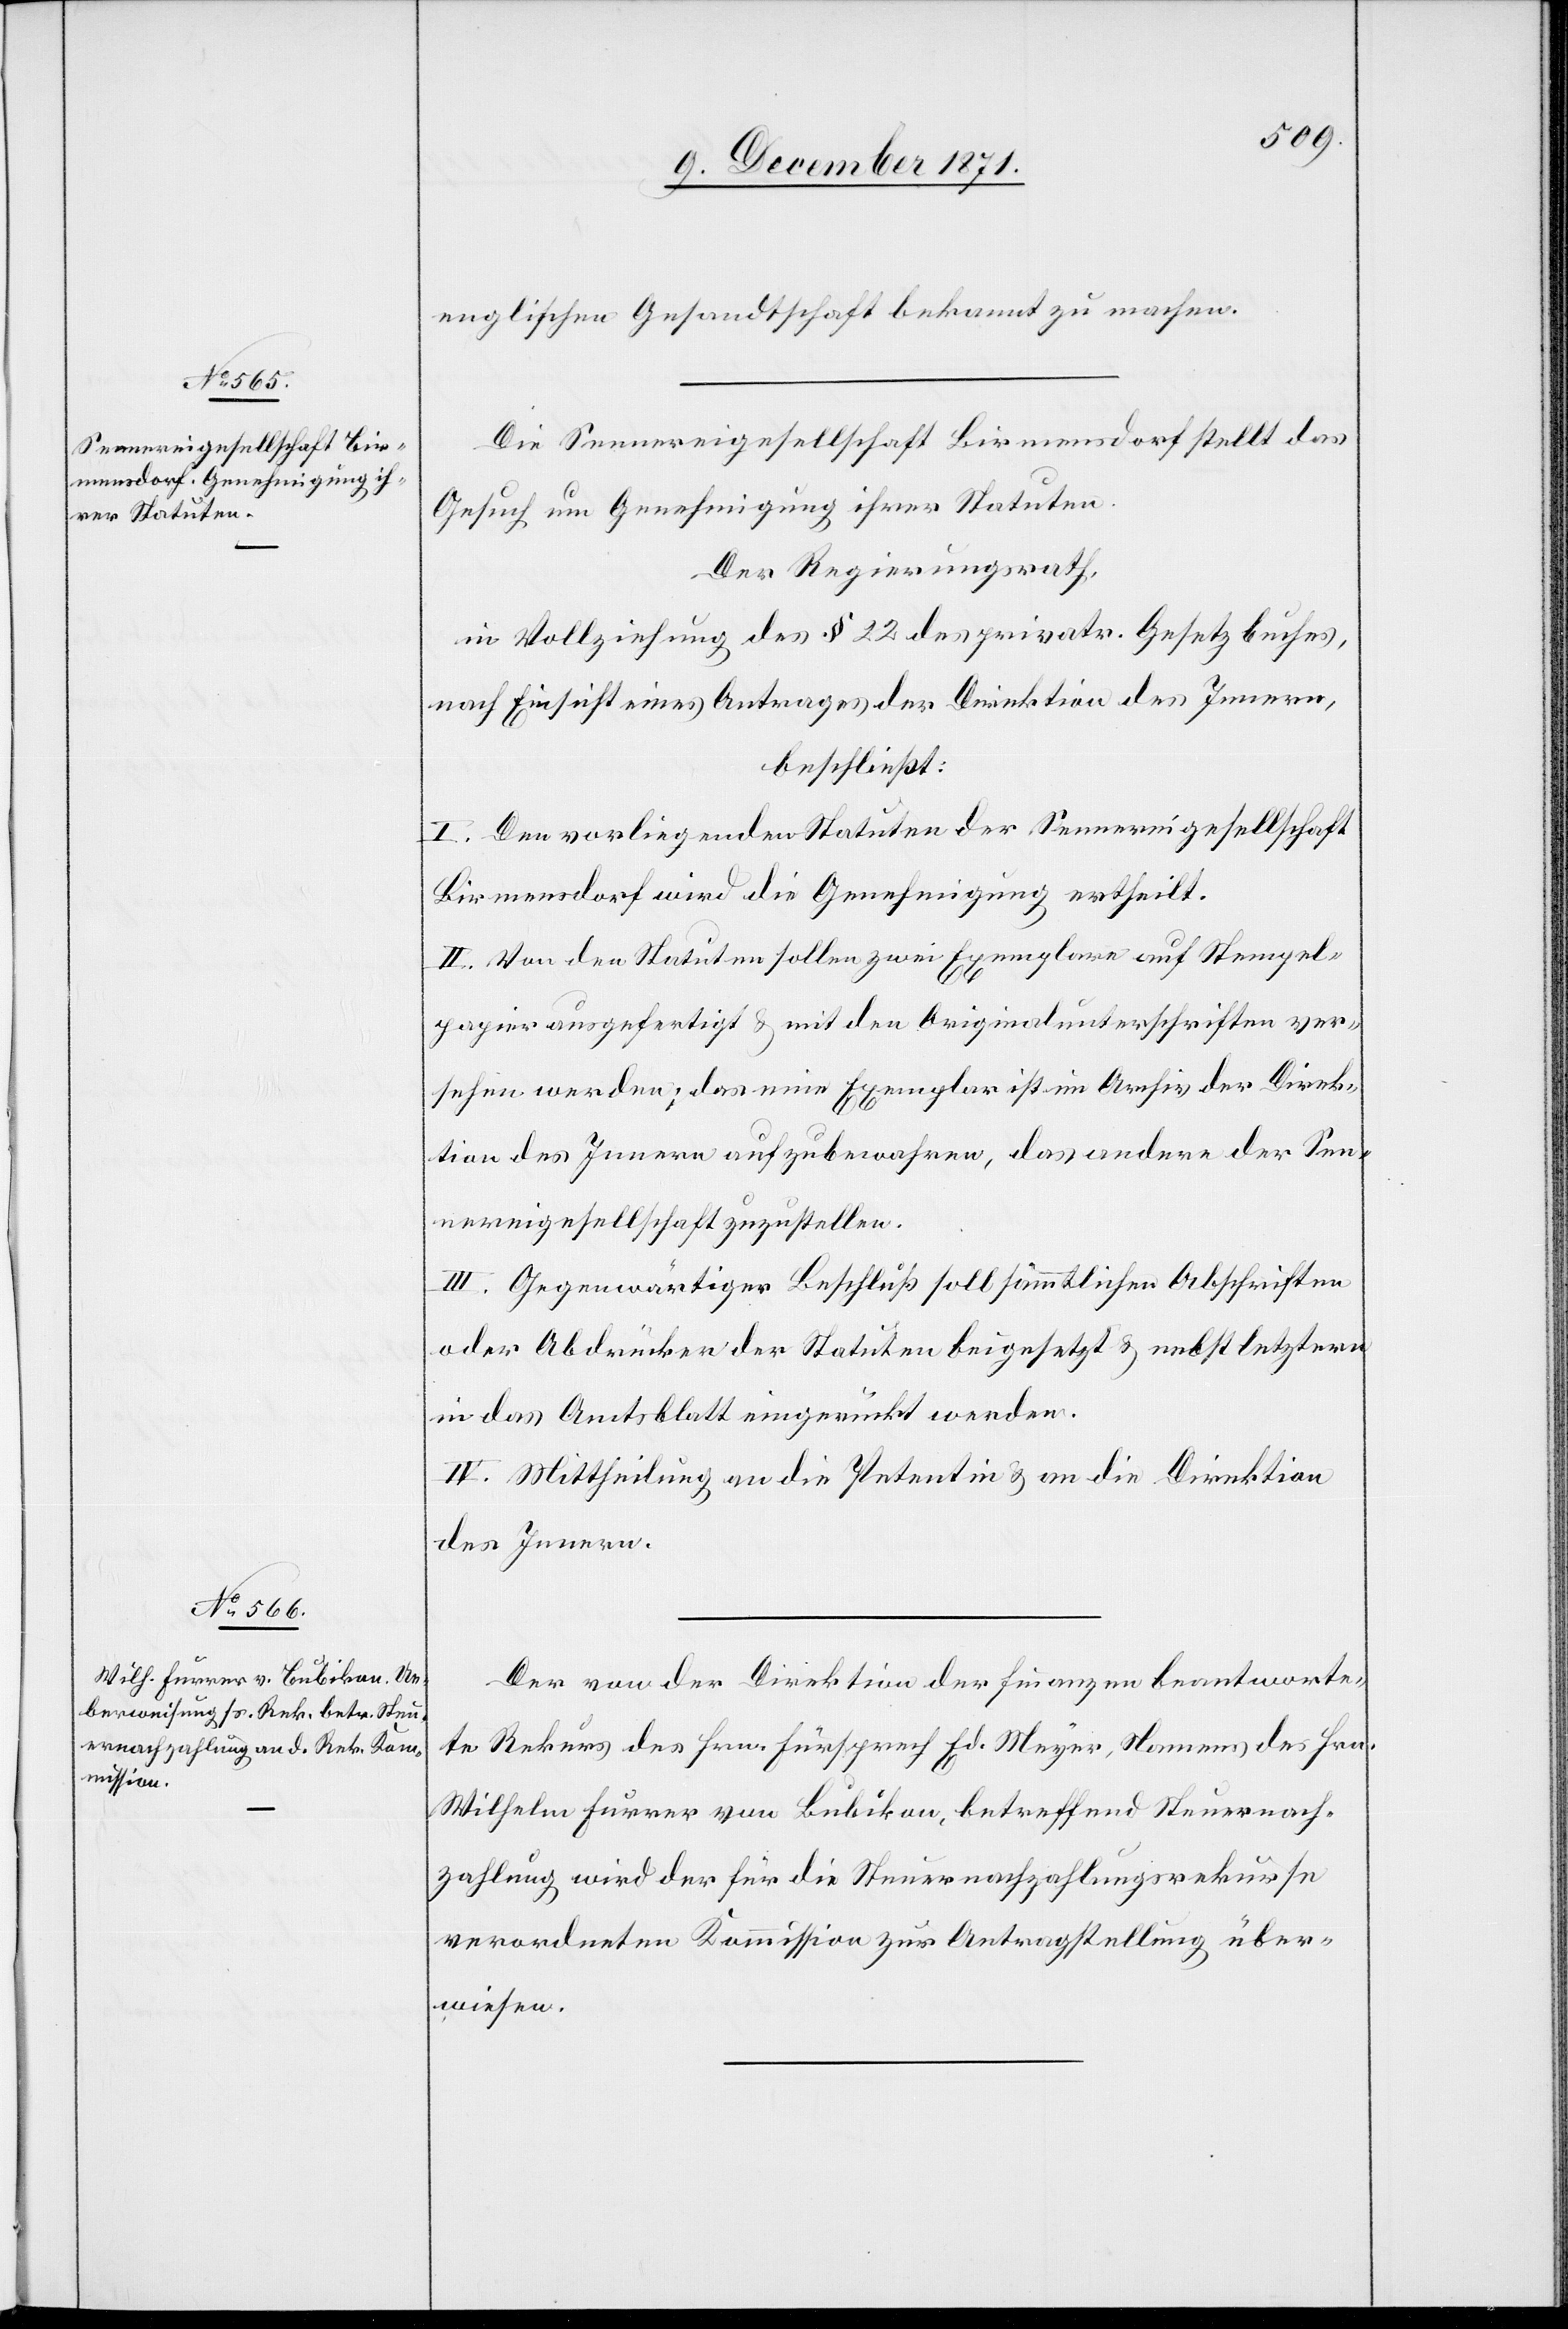
englischen Gesandtschaft bekannt zu machen.
Die Sennereigesellschaft Birmensdorf stellt das
Gesuch um Genehmigung ihrer Statuten.
Der Regierungsrath,
in Vollziehung des § 12 des privatr. Gesetzbuches,
nach Einsicht eines Antrages der Direktion des Innern,
beschließt:
I. Den vorliegenden Statuten der Sennereigesellschaft
Birmensdorf wird die Genehmigung ertheilt.
II. Von den Statuten sollen zwei Exemplare auf Stempel¬
papier ausgefertigt & mit den Originalunterschriften ver¬
sehen werden; das eine Exemplar ist im Archiv der Direk¬
tion des Innern aufzubewahren, das andere der Sen¬
nereigesellschaft zuzustellen.
III. Gegenwärtiger Beschluß soll sämmtlichen Abschriften
oder Abdrücken der Statuten beigesetzt & nebst letztere
in das Amtsblatt eingerückt werden.
IV. Mittheilung an die Petentin & an die Direktion
des Innern.
Der von der Direktion der Finanzen beantworte¬
te Rekurs des Hrn. Fürsprech Ed. Meyer, Namens des Hrn.
Wilhelm Furrer von Bubikon, betreffend Steuernach¬
zahlung wird der für die Steuernachzahlungsrekurse
verordneten Kommission zur Antragstellung über¬
wiesen.